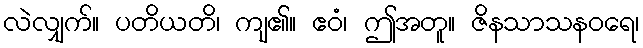
လဲလျှက်။ ပတိယတိ၊ ကျ၏။ ဧဝံ၊ ဤအတူ။ ဇိနသာသနဝရေ၊